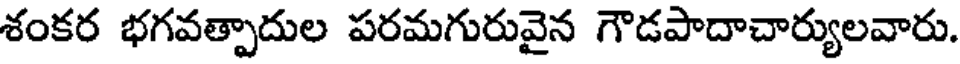
శంకర భగవత్పాదుల పరమగురువైన గౌడపాదాచార్యులవారు.